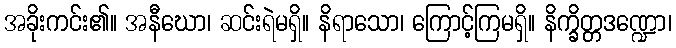
အခိုးကင်း၏။ အနီဃော၊ ဆင်းရဲမရှိ။ နိရာသော၊ ကြောင့်ကြမရှိ။ နိက္ခိတ္တဒဏ္ဍော၊